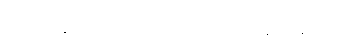
ရန်ကုန်မြို့လူဦးရေရဲ့ ၂.၇ သန်းခန့်ဟာ